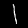
Digit: 1